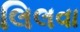
લિલવા